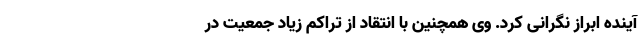
آینده ابراز نگرانی کرد. وی همچنین با انتقاد از تراکم زیاد جمعیت در